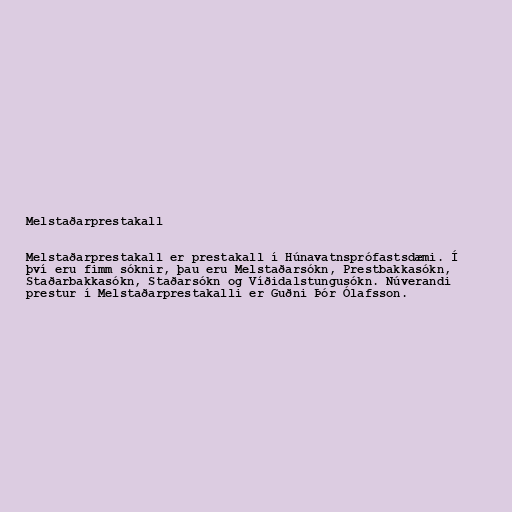
Melstaðarprestakall

Melstaðarprestakall er prestakall í Húnavatnsprófastsdæmi. Í
því eru fimm sóknir, þau eru Melstaðarsókn, Prestbakkasókn,
Staðarbakkasókn, Staðarsókn og Víðidalstungusókn. Núverandi
prestur í Melstaðarprestakalli er Guðni Þór Ólafsson.